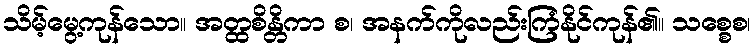
သိမ့်မွေ့ကုန်သော။ အတ္ထစိန္တိကာ စ၊ အနက်ကိုလည်းကြံနိုင်ကုန်၏။ သစ္စေစ၊